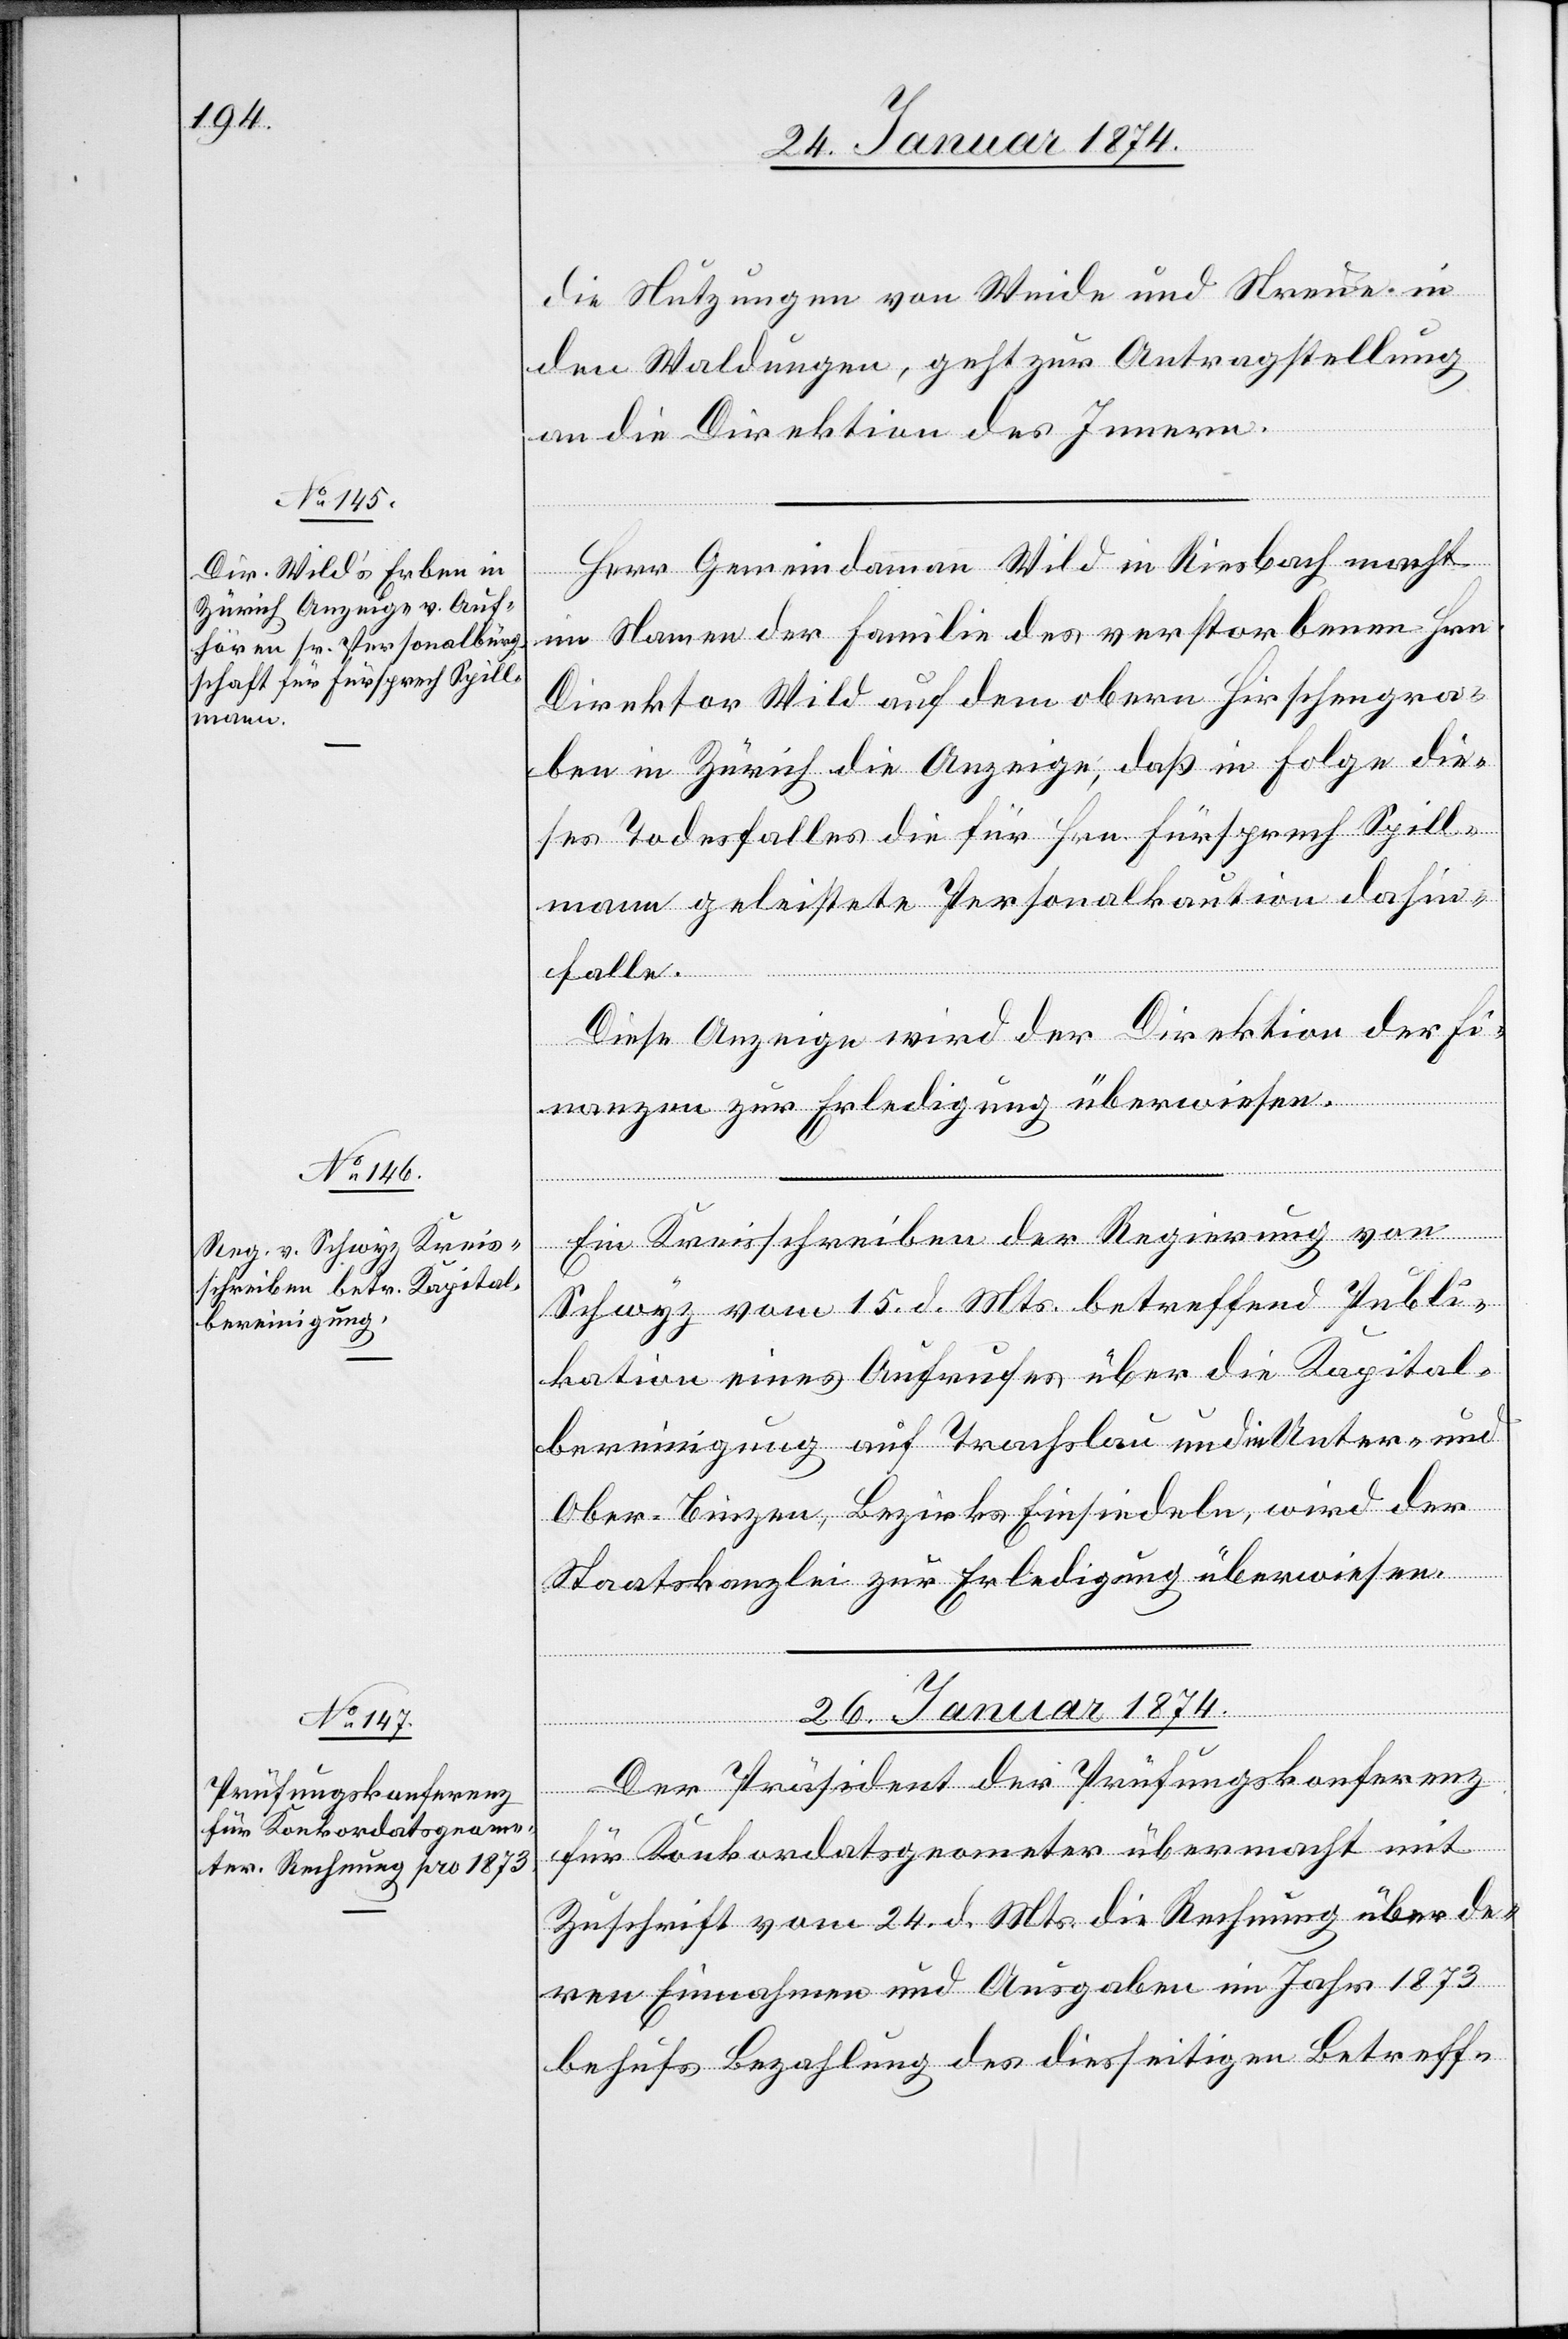
24. Januar 1874.]
die Nutzungen von Weide und Streue in
den Waldungen, geht zur Antragstellung
an die Direktion des Innern.
Herr Gemeindammann Wild in Riesbach macht
im Namen der Familie des verstorbenen Hrn.
Direktor Wild auf dem obern Hirschengra¬
ben in Zürich die Anzeige, daß in Folge die¬
ses Todesfalles die für Hrn. Fürsprech Spill¬
mann geleistete Personalkaution dahin¬
falle.
Diese Anzeige wird der Direktion der Fi¬
nanzen zur Erledigung überwiesen.
Ein Kreisschreiben der Regierung von
Schwyz vom 15. d. Mts. betreffend Publi¬
kation eines Aufrufes über die Kapital¬
bereinigung auf Trachslau und in Unter- und
Ober-Biezen, Bezirks Einsiedeln, wird der
Staatskanzlei zur Erledigung überwiesen.
26. Januar 1874.
Der Präsident der Prüfungskonferenz
für Konkordatsgeometer übermacht mit
Zuschrift vom 24. d. Mts. die Rechnung über de¬
ren Einnahmen und Ausgaben im Jahr 1873
behufs Bezahlung des diesseitigen Betreff-